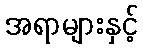
အရာများနှင့်